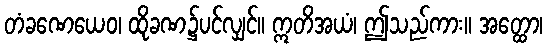
တံခဏေယေဝ၊ ထိုခဏ၌ပင်လျှင်။ ဣတိအယံ၊ ဤသည်ကား။ အတ္ထော၊